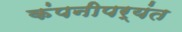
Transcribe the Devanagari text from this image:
कंपनीपर्यंत